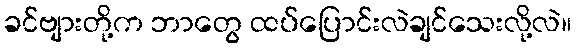
ခင်ဗျားတို့က ဘာတွေ ထပ်ပြောင်းလဲချင်သေးလို့လဲ။